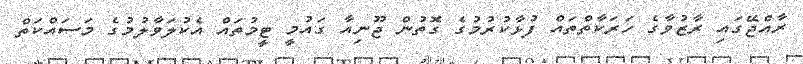
ރާއްޖޭގައި ރާޒުވާގެ ހަރަކާތްތައް ފުޅާކުރުމުގެ ގޮތުން ޖޫނިއާ ގައުމީ ޓީމުތައް އެކުލަވާލުމުގެ މަސައްކަތް